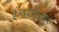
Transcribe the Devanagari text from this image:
ईश्वरविलाश